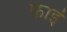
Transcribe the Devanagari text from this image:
फाइं